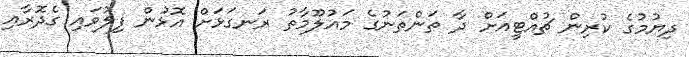
ދިޔުމުގެ ކުރިން ޗުއްޓީއަށް ދާ ތަންތަނުގެ މައުލޫމާތު ރަނގަޅަށް އޮޅުން ފިލުވައި ގެދޮރާއި